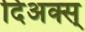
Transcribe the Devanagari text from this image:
दिअक्स्